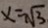
x = \sqrt { 3 }